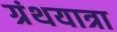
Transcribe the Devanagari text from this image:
ग्रंथयात्रा